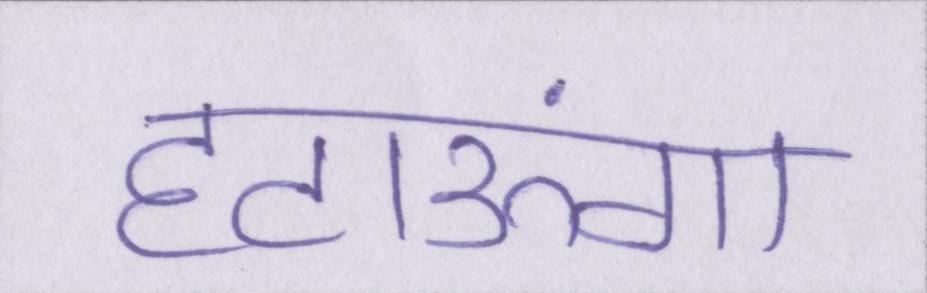
हटाऊंगा